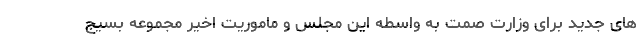
های جدید برای وزارت صمت به واسطه این مجلس و ماموریت اخیر مجموعه بسیج